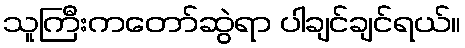
သူကြီးကတော်ဆွဲရာ ပါချင်ချင်ရယ်။